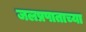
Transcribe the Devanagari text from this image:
जलप्रपाताच्या